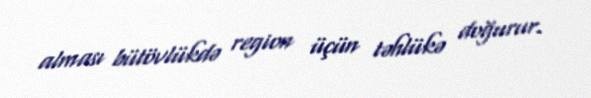
alması bütövlükdə region üçün təhlükə doğurur.